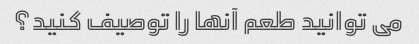
می توانید طعم آنها را توصیف کنید؟